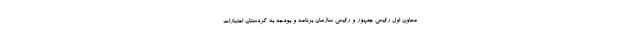
معاون اول رئیس جمهور و رئیس سازمان برنامه و بودجه به کردستان اعتبارات